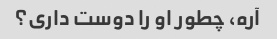
آره، چطور او را دوست داری؟